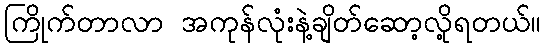
ကြိုက်တာလာ အကုန်လုံးနဲ့ချိတ်ဆော့လို့ရတယ်။